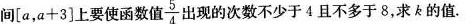
间[a，a+3]上要使函数值 $$\frac{5}{4}$$ 出现的次数不少于4且不多于8，求的值。